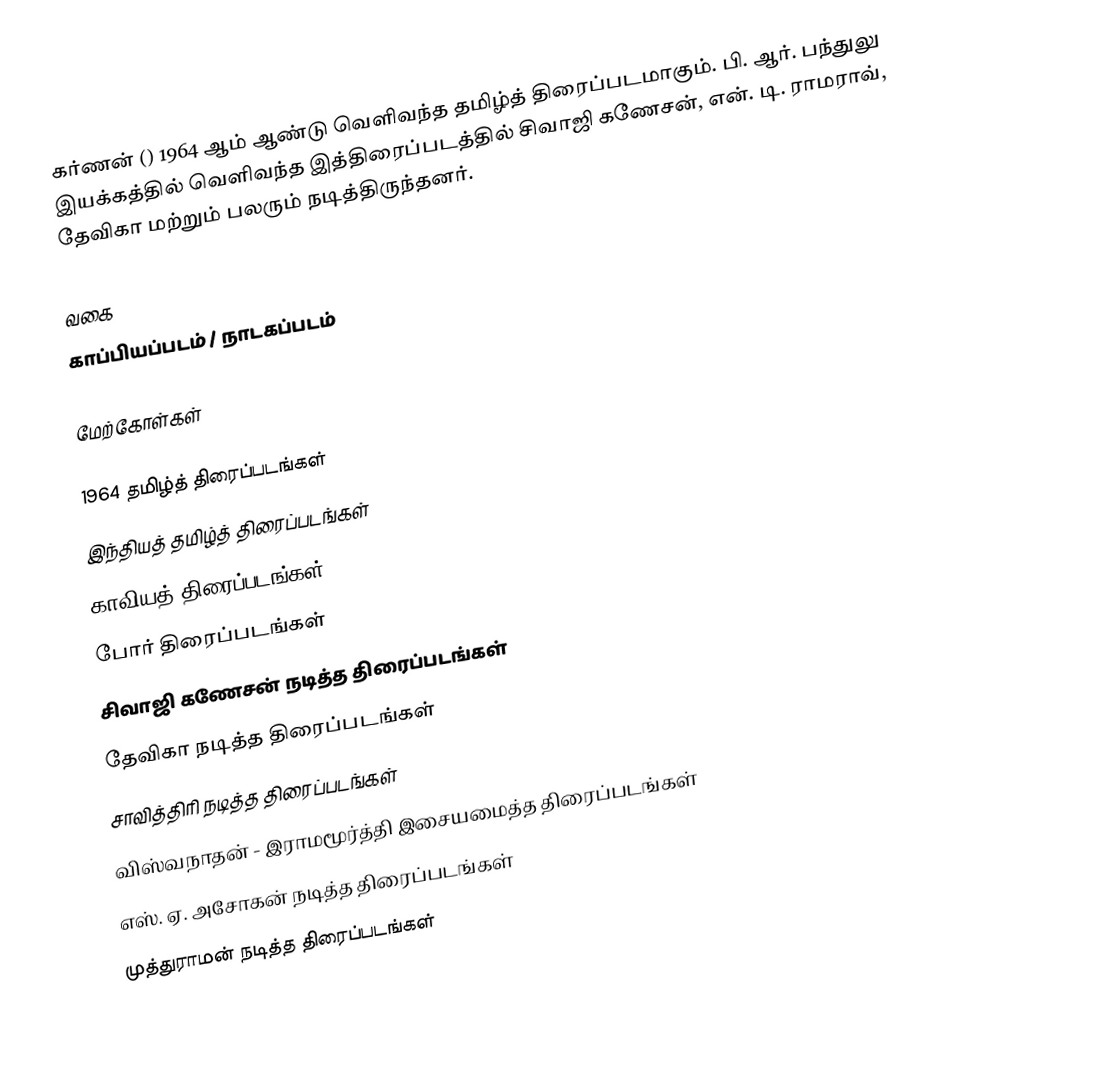
கர்ணன் () 1964 ஆம் ஆண்டு வெளிவந்த தமிழ்த் திரைப்படமாகும். பி. ஆர். பந்துலு இயக்கத்தில் வெளிவந்த இத்திரைப்படத்தில் சிவாஜி கணேசன், என். டி. ராமராவ், தேவிகா மற்றும் பலரும் நடித்திருந்தனர்.

வகை
காப்பியப்படம் / நாடகப்படம்

மேற்கோள்கள்

1964 தமிழ்த் திரைப்படங்கள்
இந்தியத் தமிழ்த் திரைப்படங்கள்
காவியத் திரைப்படங்கள்
போர் திரைப்படங்கள்
சிவாஜி கணேசன் நடித்த திரைப்படங்கள்
தேவிகா நடித்த திரைப்படங்கள்
சாவித்திரி நடித்த திரைப்படங்கள்
விஸ்வநாதன் - இராமமூர்த்தி இசையமைத்த திரைப்படங்கள்
எஸ். ஏ. அசோகன் நடித்த திரைப்படங்கள்
முத்துராமன் நடித்த திரைப்படங்கள்